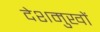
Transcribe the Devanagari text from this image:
देशमुखों